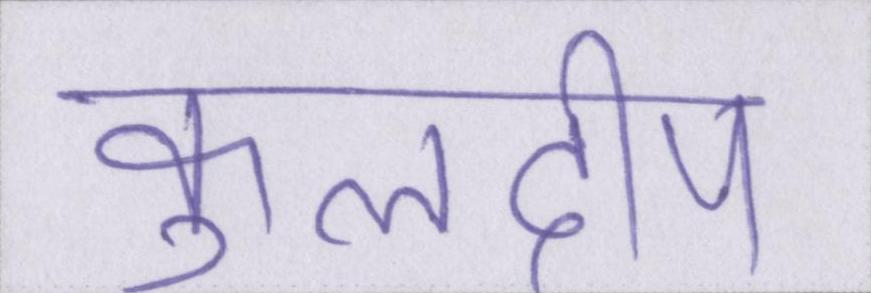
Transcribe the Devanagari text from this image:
कुलदीप